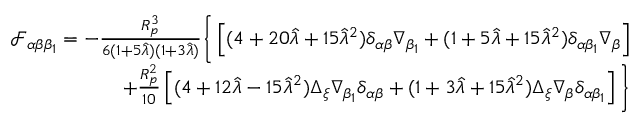
\begin{array} { r l r } & { } & { \mathcal { F } _ { \alpha \beta \beta _ { 1 } } = - \frac { R _ { p } ^ { 3 } } { 6 ( 1 + 5 \hat { \lambda } ) ( 1 + 3 \hat { \lambda } ) } \bigg \{ \left[ ( 4 + 2 0 \hat { \lambda } + 1 5 \hat { \lambda } ^ { 2 } ) \delta _ { \alpha \beta } \nabla _ { \beta _ { 1 } } + ( 1 + 5 \hat { \lambda } + 1 5 \hat { \lambda } ^ { 2 } ) \delta _ { \alpha \beta _ { 1 } } \nabla _ { \beta } \right] } \\ & { } & { + \frac { R _ { p } ^ { 2 } } { 1 0 } \left[ ( 4 + 1 2 \hat { \lambda } - 1 5 \hat { \lambda } ^ { 2 } ) \Delta _ { \xi } \nabla _ { \beta _ { 1 } } \delta _ { \alpha \beta } + ( 1 + 3 \hat { \lambda } + 1 5 \hat { \lambda } ^ { 2 } ) \Delta _ { { \xi } } \nabla _ { \beta } \delta _ { \alpha \beta _ { 1 } } \right] \bigg \} } \end{array}